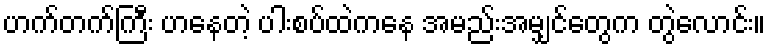
ဟက်တက်ကြီး ဟနေတဲ့ ပါးစပ်ထဲကနေ အမည်းအမျှင်တွေက တွဲလောင်း။